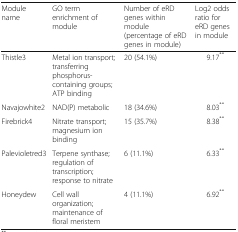
<table><thead><tr><td><b>Module name</b></td><td><b>GO term enrichment of module</b></td><td><b>Number of eRD genes within module (percentage of eRD genes in module)</b></td><td><b>Log2 odds ratio for eRD genes in module</b></td></tr></thead><tbody><tr><td>Thistle3</td><td>Metal ion transport; transferring phosphorus-containing groups; ATP binding</td><td>20 (54.1%)</td><td>9.17<sup>**</sup></td></tr><tr><td>Navajowhite2</td><td>NAD(P) metabolic</td><td>18 (34.6%)</td><td>8.03<sup>**</sup></td></tr><tr><td>Firebrick4</td><td>Nitrate transport; magnesium ion binding</td><td>15 (35.7%)</td><td>8.38<sup>**</sup></td></tr><tr><td>Palevioletred3</td><td>Terpene synthase; regulation of transcription; response to nitrate</td><td>6 (11.1%)</td><td>6.33<sup>**</sup></td></tr><tr><td>Honeydew</td><td>Cell wall organization; maintenance of floral meristem</td><td>4 (11.1%)</td><td>6.92<sup>**</sup></td></tr></tbody></table>